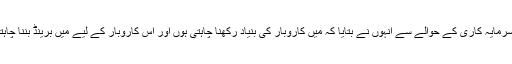
اسپنی سرمایہ کاری کے حوالے سے انہوں نے بتایا کہ میں کاروبار کی بنیاد رکھنا چاہتی ہوں اور اس کاروبار کے لیے میں برینڈ بننا چاہتی ہوں۔